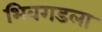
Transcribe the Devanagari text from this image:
भिवगडला